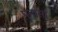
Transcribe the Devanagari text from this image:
पनासा